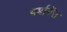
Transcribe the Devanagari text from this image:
पर्मानेंस